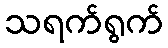
သရက်ရွက်